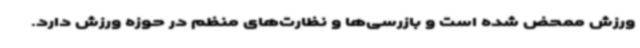
ورزش ممحض شده است و بازرسی‌ها و نظارت‌های منظم در حوزه ورزش دارد.